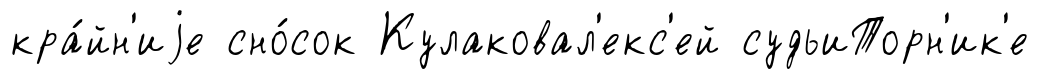
кра́йн'иjе сно́сок Кулаковал'екс'ей судьиТорн'ик'е